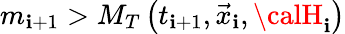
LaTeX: m_{\mathbf{i}+1}>M_{T}\left(t_{\mathbf{i}+1},\vec{{x}}_{\mathbf{i}},{\calH}_{\mathbf{i}}\right)